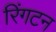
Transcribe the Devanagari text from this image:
रिंगटन